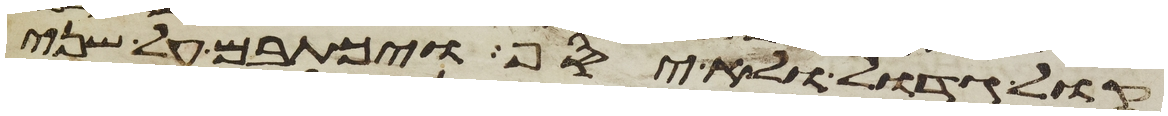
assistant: קול גדול ולא יסף ויכתבם על שני